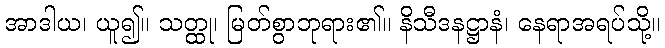
အာဒါယ၊ ယူ၍။ သတ္ထု၊ မြတ်စွာဘုရား၏။ နိသီဒနဋ္ဌာနံ၊ နေရာအရပ်သို့။